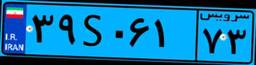
۳۹S۰۶۱۷۳